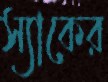
স্যাকের